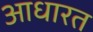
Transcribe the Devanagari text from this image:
आधारत